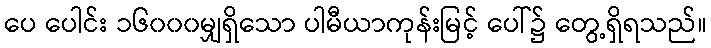
ပေ ပေါင်း ၁၆၀၀၀မျှရှိသော ပါမီယာကုန်းမြင့် ပေါ်၌ တွေ့ရှိရသည်။